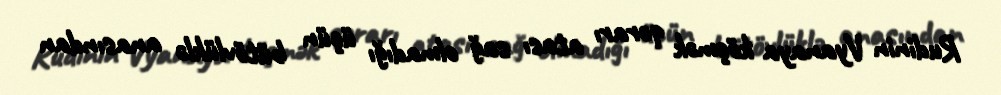
Rudinin Vyanaya köçmək qərarı atası sağ olmadığı üçün bütövlüklə anasından